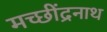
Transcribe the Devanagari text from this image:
मच्छींद्रनाथ